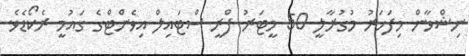
ނިޝްވާން މިފަހަރު މުގުރާލީ 50 މީޓަރު ފްރީ ސްޓައިލް އިވެންޓްގެ ގައުމީ ރެކޯޑެވެ.